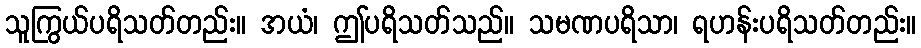
သူကြွယ်ပရိသတ်တည်း။ အယံ၊ ဤပရိသတ်သည်။ သမဏပရိသာ၊ ရဟန်းပရိသတ်တည်း။